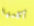
أكلمها